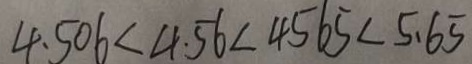
4 . 5 0 6 < 4 . 5 6 < 4 5 6 5 < 5 . 6 5